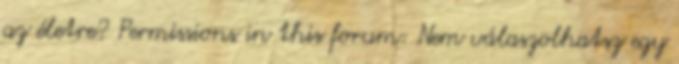
az életre? Permissions in this forum: Nem válaszolhatsz egy